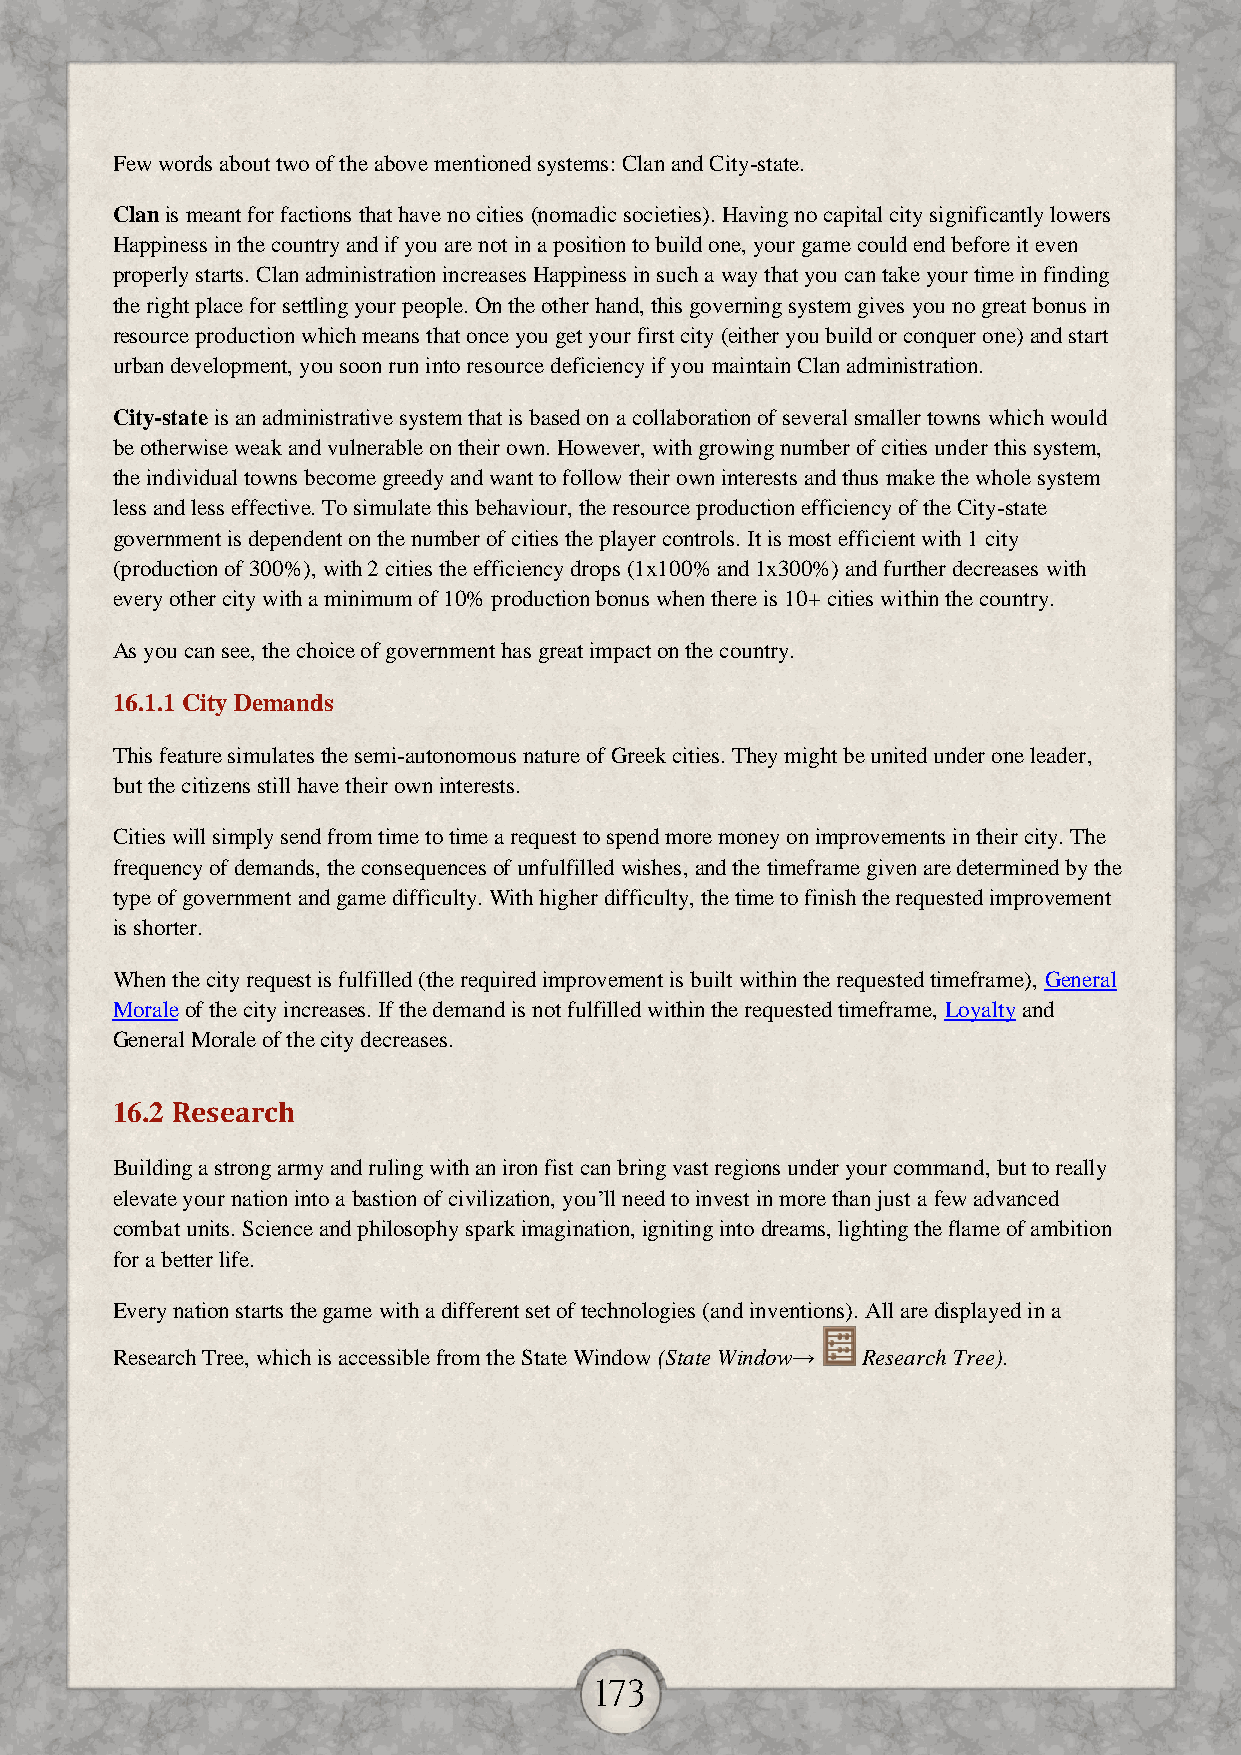
Few words about two of the above mentioned systems: Clan and City-state.
 Clan is meant for factions that have no cities (nomadic societies). Having no capital city significantly lowers
 Happiness in the country and if you are not in a position to build one, your game could end before it even
 properly starts. Clan administration increases Happiness in such a way that you can take your time in finding
 the right place for settling your people. On the other hand, this governing system gives you no great bonus in
 resource production which means that once you get your first city (either you build or conquer one) and start
 urban development, you soon run into resource deficiency if you maintain Clan administration.
 City-state is an administrative system that is based on a collaboration of several smaller towns which would
 be otherwise weak and vulnerable on their own. However, with growing number of cities under this system,
 the individual towns become greedy and want to follow their own interests and thus make the whole system
 less and less effective. To simulate this behaviour, the resource production efficiency of the City-state
 government is dependent on the number of cities the player controls. It is most efficient with 1 city
 (production of 300%), with 2 cities the efficiency drops (1x100% and 1x300%) and further decreases with
 every other city with a minimum of 10% production bonus when there is 10+ cities within the country.
 As you can see, the choice of government has great impact on the country.
 16.1.1 City Demands
 This feature simulates the semi-autonomous nature of Greek cities. They might be united under one leader,
 but the citizens still have their own interests.
 Cities will simply send from time to time a request to spend more money on improvements in their city. The
 frequency of demands, the consequences of unfulfilled wishes, and the timeframe given are determined by the
 type of government and game difficulty. With higher difficulty, the time to finish the requested improvement
 is shorter.
 When the city request is fulfilled (the required improvement is built within the requested timeframe), General
 Morale of the city increases. If the demand is not fulfilled within the requested timeframe, Loyalty and
 General Morale of the city decreases.
 16.2 Research
 Building a strong army and ruling with an iron fist can bring vast regions under your command, but to really
 elevate your nation into a bastion of civilization, you’ll need to invest in more than just a few advanced
 combat units. Science and philosophy spark imagination, igniting into dreams, lighting the flame of ambition
 for a better life.
 Every nation starts the game with a different set of technologies (and inventions). All are displayed in a
 Research Tree, which is accessible from the State Window (State Window→ Research Tree).
 173